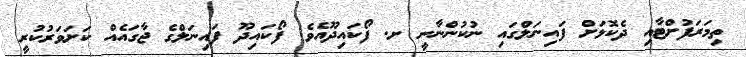
ތިމަރަފުށްޓާއި ދެކޮޅަށް ފައިނަލްގައި ނުކުންނާނީ ށ. ފޯކައިދޫއެވެ. ފޯކައިދޫ ފައިނަލްގެ ޖާގައެއް ކަށަވަރުކުރީ